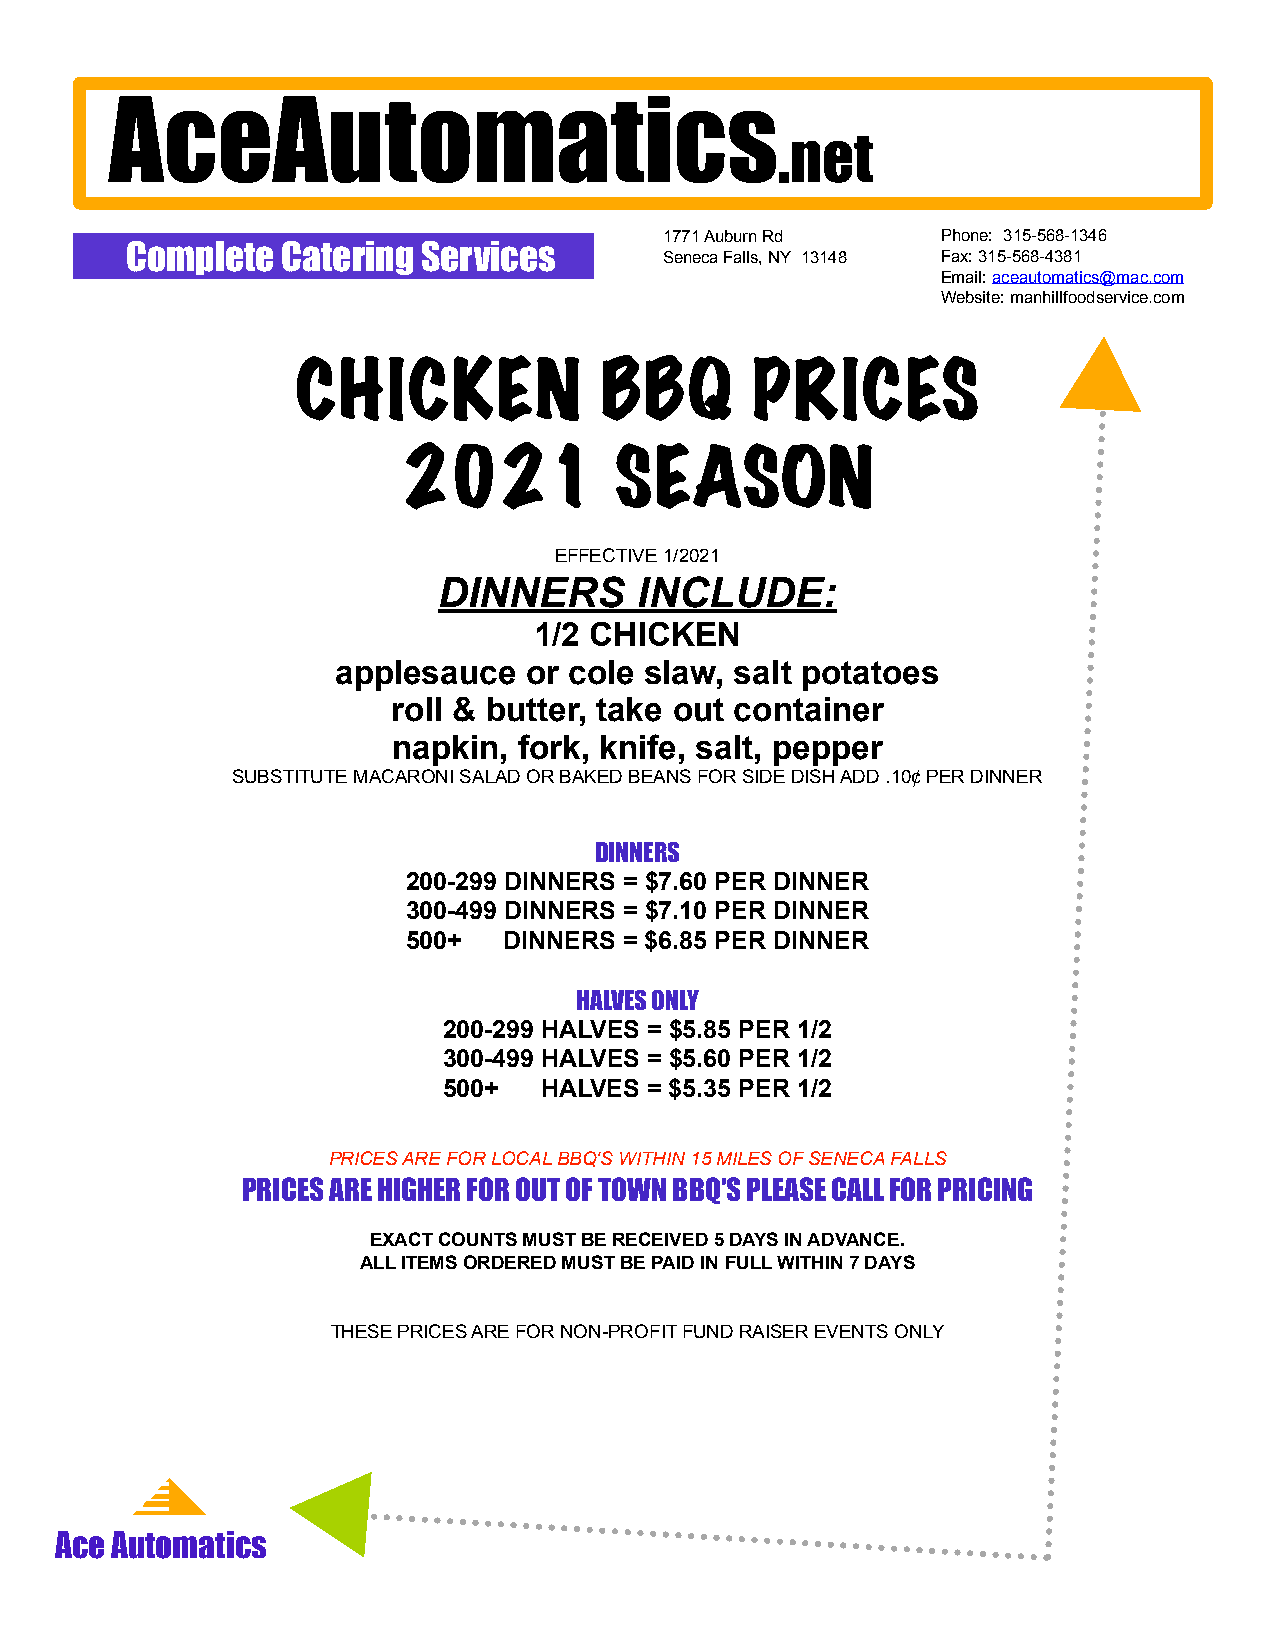
AceAutomatics
 .net
 1771 Auburn Rd    Phone: 315-568-1346
 Complete   Catering Services
 Seneca Falls, NY 13148 Fax: 315-568-4381
 Email: aceautomatics@mac.com
 Website: manhillfoodservice.com
 CHICKEN             BBQ       PRICES
 2021          SEASON
 EFFECTIVE 1/2021
 DINNERS      INCLUDE:
 1/2 CHICKEN
 applesauce   or cole slaw, salt potatoes
 roll & butter, take out container
 napkin, fork, knife, salt, pepper
 SUBSTITUTE MACARONI SALAD OR BAKED BEANS FOR SIDE DISH ADD .10¢ PER DINNER
 DINNERS
 200-299 DINNERS = $7.60 PER DINNER
 300-499 DINNERS = $7.10 PER DINNER
 500+  DINNERS = $6.85 PER DINNER
 HALVES ONLY
 200-299 HALVES = $5.85 PER 1/2
 300-499 HALVES = $5.60 PER 1/2
 500+   HALVES = $5.35 PER 1/2
 PRICES ARE FOR LOCAL BBQ'S WITHIN 15 MILES OF SENECA FALLS
 PRICES ARE HIGHER FOR OUT OF TOWN BBQ'S PLEASE CALL FOR PRICING
 EXACT COUNTS MUST BE RECEIVED 5 DAYS IN ADVANCE.
 ALL ITEMS ORDERED MUST BE PAID IN FULL WITHIN 7 DAYS
 THESE PRICES ARE FOR NON-PROFIT FUND RAISER EVENTS ONLY
 Ace Automatics